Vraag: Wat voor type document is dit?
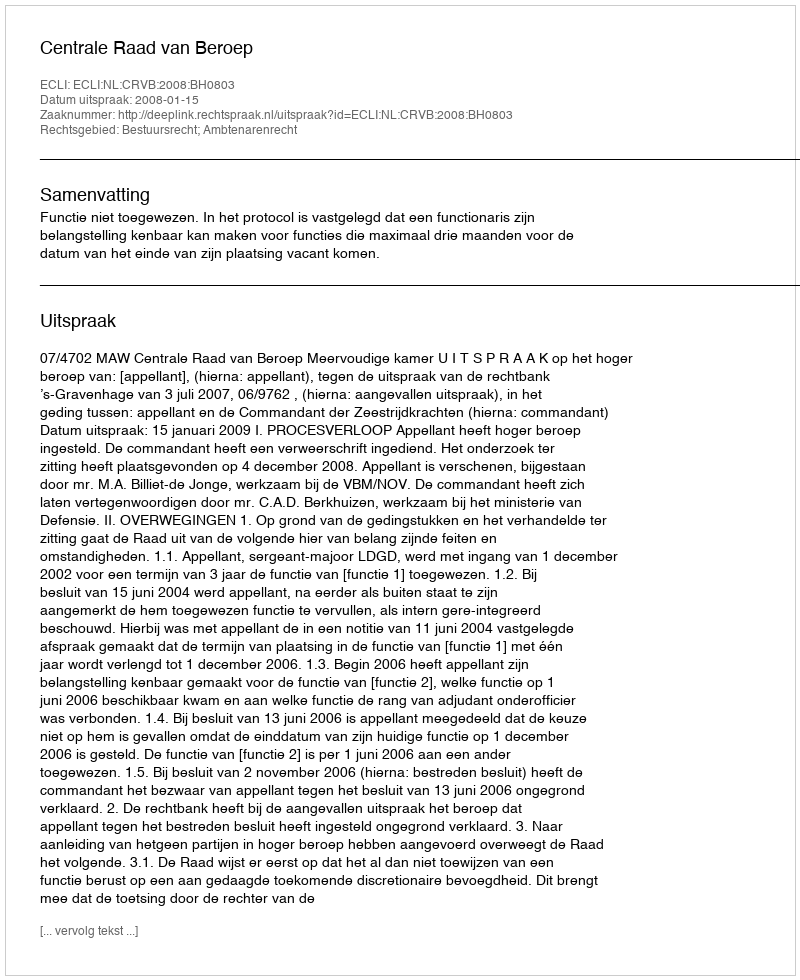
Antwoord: Uitspraak